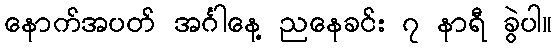
နောက်အပတ် အင်္ဂါနေ့ ညနေခင်း ၇ နာရီ ခွဲပါ။